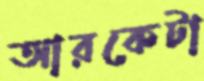
আরকেটা